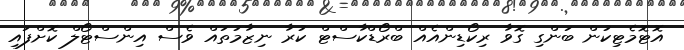
އޮޓޮމެޓިކުން ބަންގި ގޮވާ ރިކޯޑިންއެއް ބްރޯޑްކާސްޓް ކުރާ ނިޒާމުތައް ވެސް އިންސްޓޯލް ކޮށްފައި